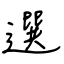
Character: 選